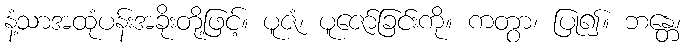
နံ့သာအထုံပန်းအခိုးတို့ဖြင့်။ ပူဇံ၊ ပူဇော်ခြင်းကို။ ကတွာ၊ ပြု၍။ ဘန္တေ၊